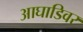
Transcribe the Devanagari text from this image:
आघाडिवर